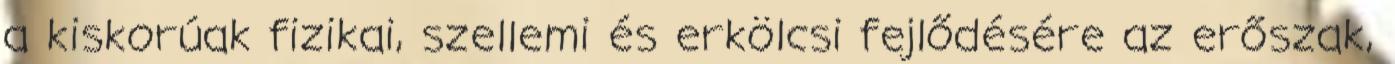
a kiskorúak fizikai, szellemi és erkölcsi fejlődésére az erőszak,